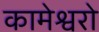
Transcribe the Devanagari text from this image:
कामेश्वरो